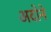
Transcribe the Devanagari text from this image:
अदोने